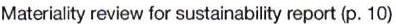
Materiality review for sustainability report (p. 10)